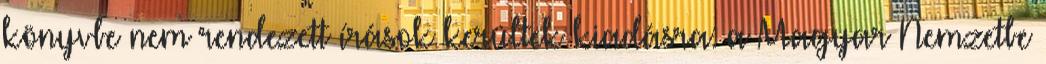
könyvbe nem rendezett írások kerültek kiadásra: a Magyar Nemzetbe